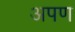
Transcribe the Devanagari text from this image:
अपण